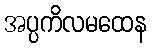
အပ္ပကိလမထေန